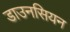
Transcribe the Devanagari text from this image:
डाउनसियन